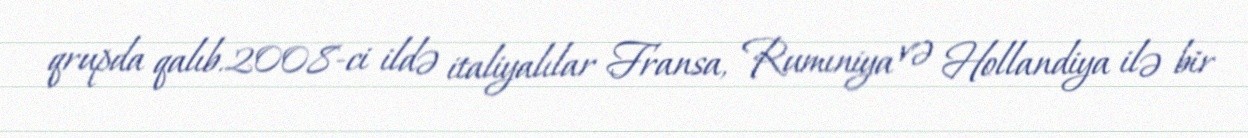
qrupda qalıb.2008-ci ildə italiyalılar Fransa, Rumıniya və Hollandiya ilə bir